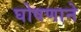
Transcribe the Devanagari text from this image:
घोषणाने